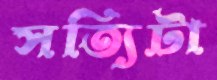
সত্যিটা